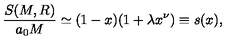
\frac { S ( M , R ) } { a _ { 0 } M } \simeq ( 1 - x ) ( 1 + \lambda x ^ { \nu } ) \equiv s ( x ) ,